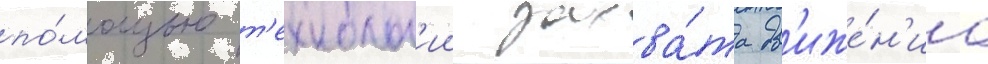
по́мощью т'ехнолог'ии захва́та дв'иже́н'иа